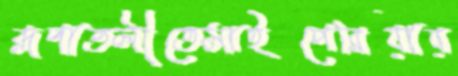
রূপাতলীতেসাইপেরিয়ায়